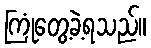
ကြုံတွေ့ခဲ့ရသည်။